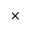
\mathrm { \times }